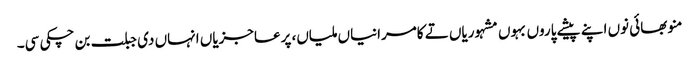
منو بھائی نوں اپنے پیشے پاروں بہوں مشہوریاں تے کامرانیاں ملیاں، پرعاجزیاں انہاں دی جبلت بن چکی سی۔